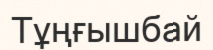
Тұңғышбай